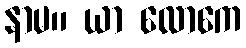
နာမ။ ယာ လောကေ